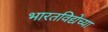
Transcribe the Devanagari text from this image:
भारतविद्येच्या